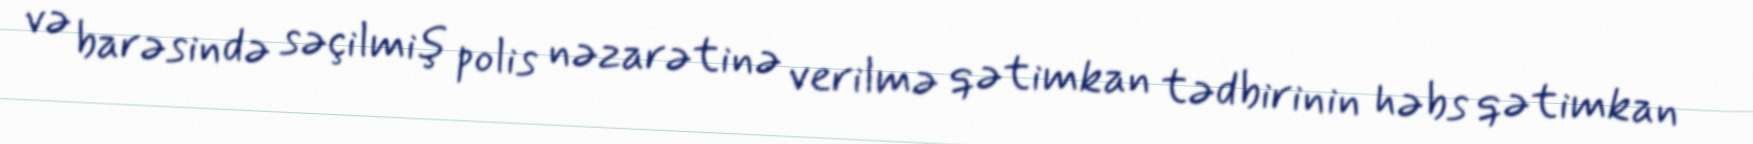
və barəsində səçilmiş polis nəzarətinə verilmə qətimkan tədbirinin həbs qətimkan